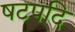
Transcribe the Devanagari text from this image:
षटपदि